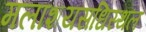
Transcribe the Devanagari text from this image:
मलाशयसधिस्थल